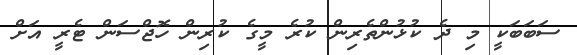
ސަބަބަކީ މި ދެ ކުޅުންތެރިން ކުރެ މީގެ ކުރިން ހޮޖްސަން ޓެރީ އަށް